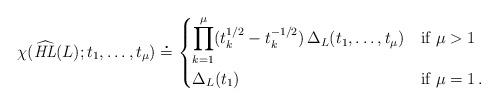
LaTeX: \begin{align*}\chi(\widehat{\mathit{HL}}(L);t_1,\dots,t_\mu)\overset{\centerdot}{=}\begin{dcases*}\prod\limits_{k=1}^{\mu}(t_k^{1/2}-t_k^{-1/2})\, \Delta_L(t_1,\dots,t_\mu) & if~$\mu>1$ \\\Delta_L(t_1) & if~$\mu=1$\,.\end{dcases*}\end{align*}